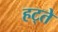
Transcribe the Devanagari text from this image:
हट्ते